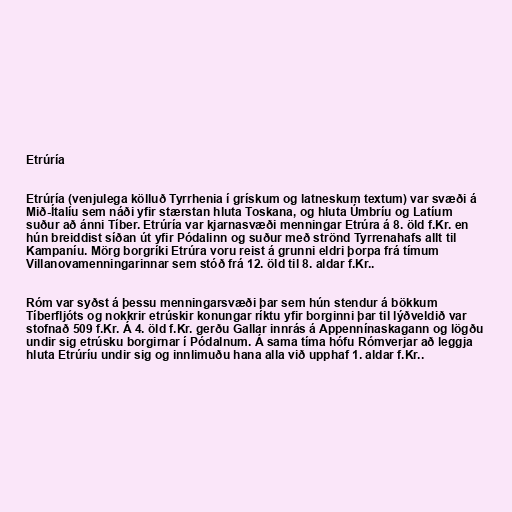
Etrúría

Etrúría (venjulega kölluð Tyrrhenia í grískum og latneskum textum) var svæði á
Mið-Ítalíu sem náði yfir stærstan hluta Toskana, og hluta Úmbríu og Latíum
suður að ánni Tíber. Etrúría var kjarnasvæði menningar Etrúra á 8. öld f.Kr. en
hún breiddist síðan út yfir Pódalinn og suður með strönd Tyrrenahafs allt til
Kampaníu. Mörg borgríki Etrúra voru reist á grunni eldri þorpa frá tímum
Villanovamenningarinnar sem stóð frá 12. öld til 8. aldar f.Kr..

Róm var syðst á þessu menningarsvæði þar sem hún stendur á bökkum
Tíberfljóts og nokkrir etrúskir konungar ríktu yfir borginni þar til lýðveldið var
stofnað 509 f.Kr. Á 4. öld f.Kr. gerðu Gallar innrás á Appennínaskagann og lögðu
undir sig etrúsku borgirnar í Pódalnum. Á sama tíma hófu Rómverjar að leggja
hluta Etrúríu undir sig og innlimuðu hana alla við upphaf 1. aldar f.Kr..